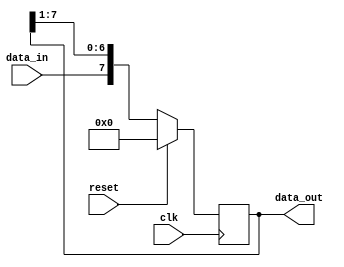
module SIPO(
    input clk,
    input reset,
    input data_in,
    output reg [7:0] data_out
);

reg [7:0] shift_register;

always @(posedge clk) begin
    if(reset) begin
        shift_register <= 8'b0;
    end else begin
        shift_register <= {data_in, shift_register[7:1]};
    end
end

assign data_out = shift_register;

endmodule